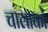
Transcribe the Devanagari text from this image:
चालाकों